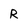
Character: R